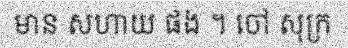
មាន សហាយ ផង ។ ចៅ សុក្រ